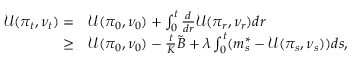
\begin{array} { r l } { \mathcal { U } ( \pi _ { t } , \nu _ { t } ) = } & { \mathcal { U } ( \pi _ { 0 } , \nu _ { 0 } ) + \int _ { 0 } ^ { t } \frac { d } { d r } \mathcal { U } ( \pi _ { r } , \nu _ { r } ) d r } \\ { \geq } & { \mathcal { U } ( \pi _ { 0 } , \nu _ { 0 } ) - \frac { t } { K } \tilde { B } + \lambda \int _ { 0 } ^ { t } ( m _ { s } ^ { * } - \mathcal { U } ( \pi _ { s } , \nu _ { s } ) ) d s , } \end{array}